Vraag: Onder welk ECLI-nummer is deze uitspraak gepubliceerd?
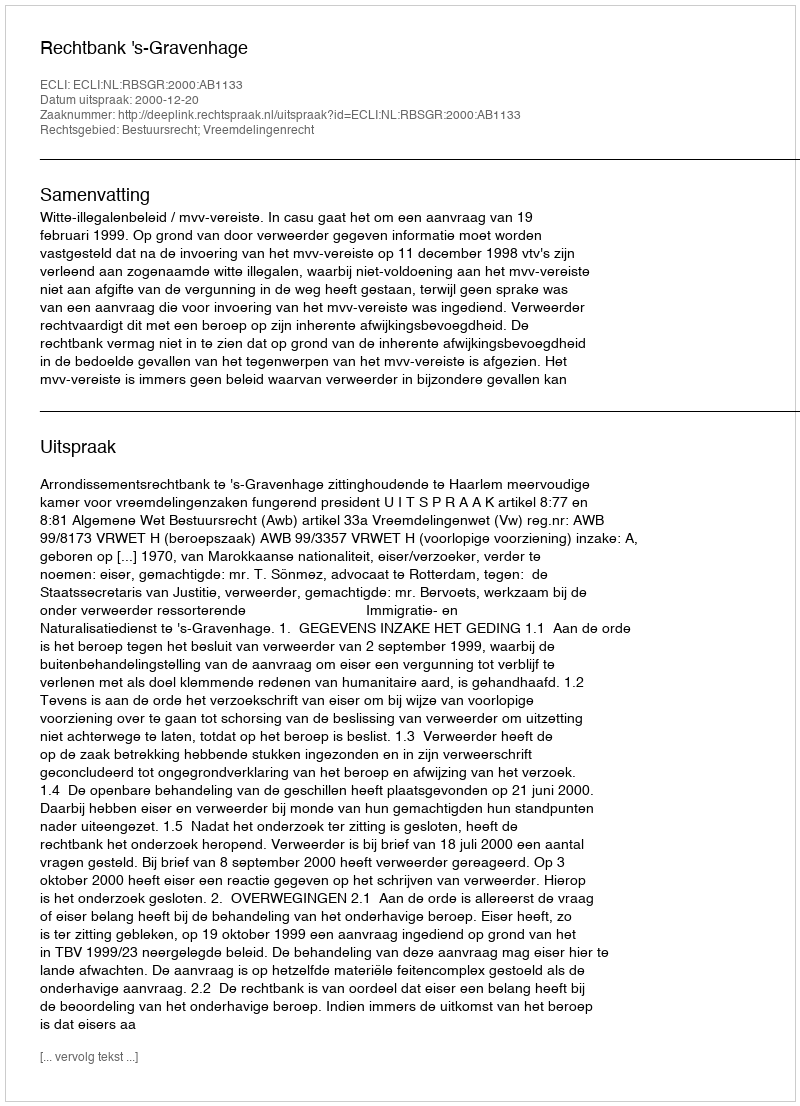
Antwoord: ECLI:NL:RBSGR:2000:AB1133